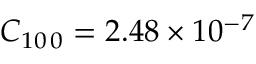
C _ { 1 0 \, 0 } = 2 . 4 8 \times 1 0 ^ { - 7 }